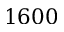
1 6 0 0